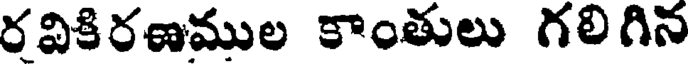
రవికిరణముల కాంతులు గలిగిన